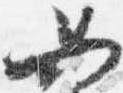
如